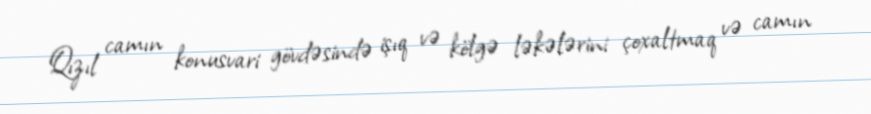
Qızıl camın konusvari gövdəsində işıq və kölgə ləkələrini çoxaltmaq və camın